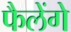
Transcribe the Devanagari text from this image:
फैलेंगे